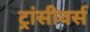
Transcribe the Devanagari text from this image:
ट्रांसीवर्स